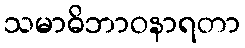
သမာဓိဘာဝနာရတာ